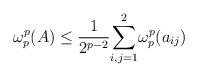
LaTeX: \begin{align*}\omega_{p}^{p}(A)\leq \frac{1}{2^{p-2}} \underset{i,j=1}{\overset{2}{\sum }}\omega_{p}^{p}(a_{ij})\end{align*}